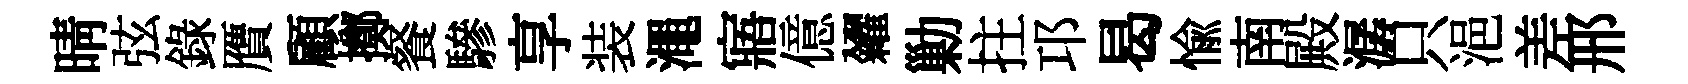
晴弦錄贋顧擲餐驂享装澠寤億糴勦拄邛曷愉南殿潺只浥差邢